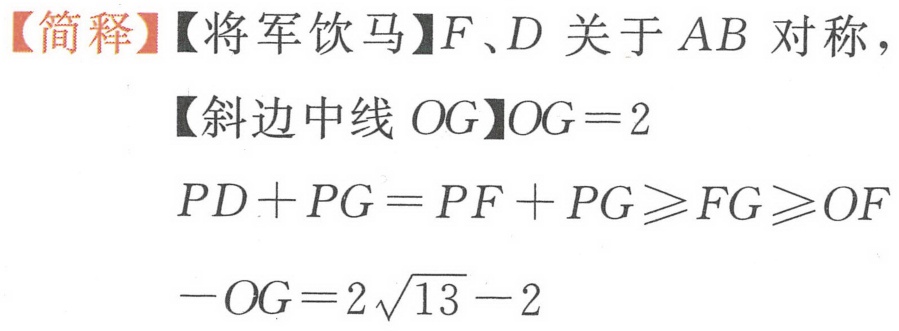
【简释】【将军饮马】$F、D$ 关于 $AB$ 对称，
【斜边中线 $OG$】$OG = 2$
$PD + PG = PF + PG\geqslant FG\geqslant OF$
$-OG = 2\sqrt{13} - 2$